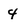
Character: 4